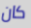
كان